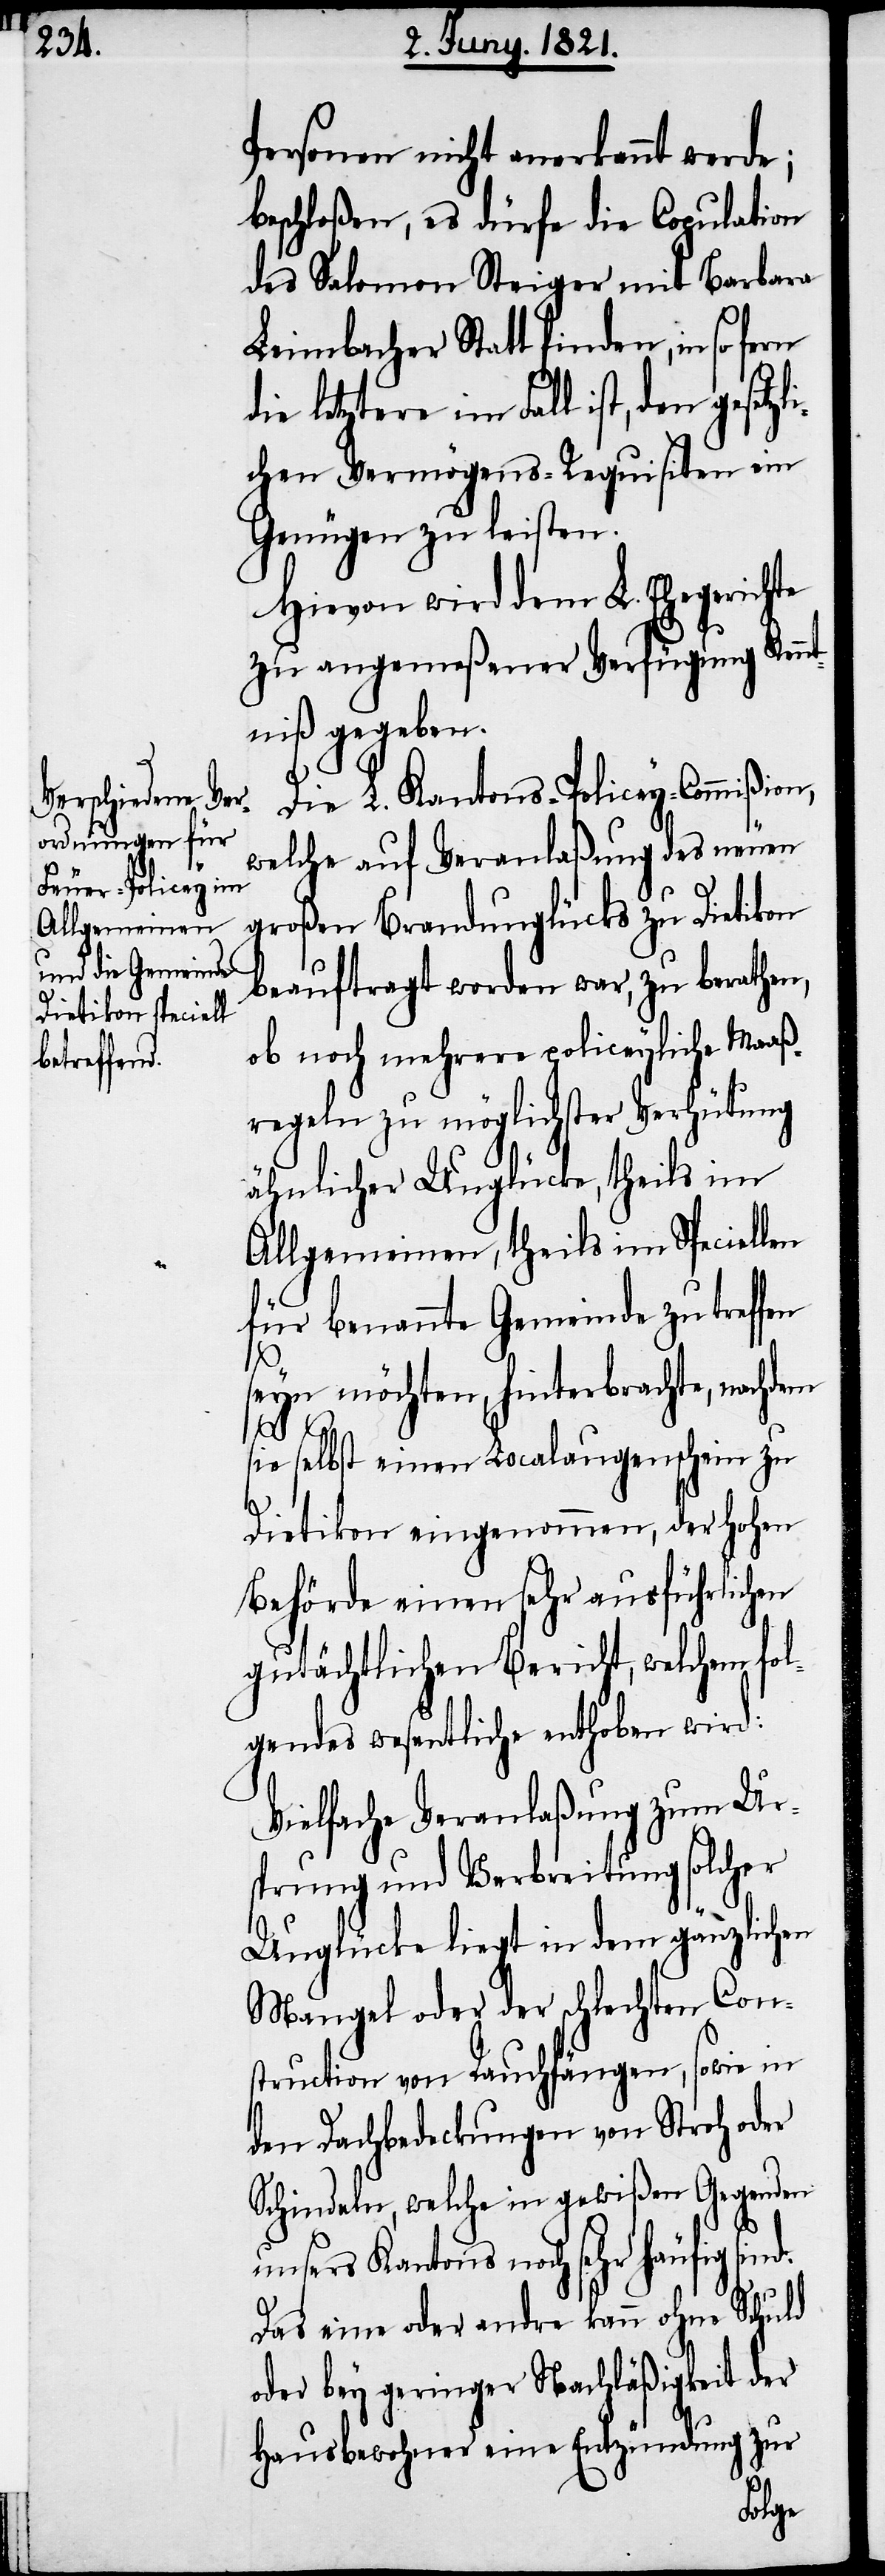
u¬

Personen nicht anerkannt werde;
beschloßen, es dürfe die Copulation
des Salomon Steiger mit Barbara
Leimbacher Statt finden, in so fern
chen Vermögens-Requisiten ein
Genüge zu leisten.
Hievon wird dem L. Ehegerichte
zu angemeßener Verfügung Kennt¬
niß gegeben.
Die L. Kantons-Policey-Commißion,
welche auf Veranlaßung des neuen
großen Brandunglücks zu Dietikon
beauftragt worden war, zu berathen,
ob noch mehrere policeyliche Maaß¬
regeln zu möglichster Verhütung
ähnlicher Unglücke, theils im
Allgemeinen, theils im Speciellen
für benannte Gemeinde zu treffen
seyn möchten, hinterbrachte, nachdem
sie selbst einen Localaugenschein zu
Dietikon eingenommen, der hohen
Behörde einen sehr ausführlichen
gutächtlichen Bericht, welchem fol¬
gendes wesentliche enthoben wird:
Vielfache Veranlaßung zum Ur¬
sprung und Verbreitung solcher
Unglücke liegt in dem gänzlichen
Mangel oder der schlechten Con¬
struction von Rauchfängen, sowie in
den Dachbedeckungen von Stroh oder
Schindeln, welche in gewißen Gegenden
nsers Kantons noch sehr häufig
Das eine oder andre kann ohne Schuld
oder bey geringer Nachläßigkeit der
Hausbewohner eine Entzündung zur